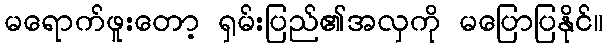
မရောက်ဖူးတော့ ရှမ်းပြည်၏အလှကို မပြောပြနိုင်။